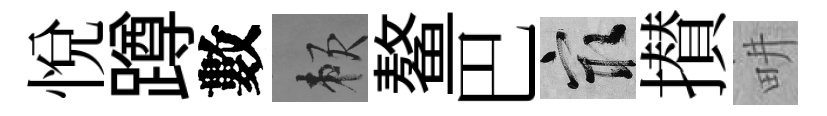
悦蹲數賴鳌巴冣攅畊